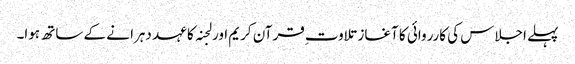
پہلے اجلاس کی کارروائی کا آغاز تلاوت ِقرآن کریم اور لجنہ کا عہد دہرا نے کے ساتھ ہوا۔